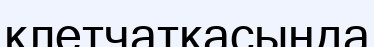
клетчаткасында